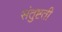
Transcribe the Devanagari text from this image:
संतुष्टती